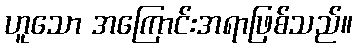
ဟူသော အကြောင်းအရာဖြစ်သည်။